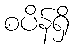
စပိန်ရှိ